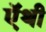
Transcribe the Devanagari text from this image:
ऍथी